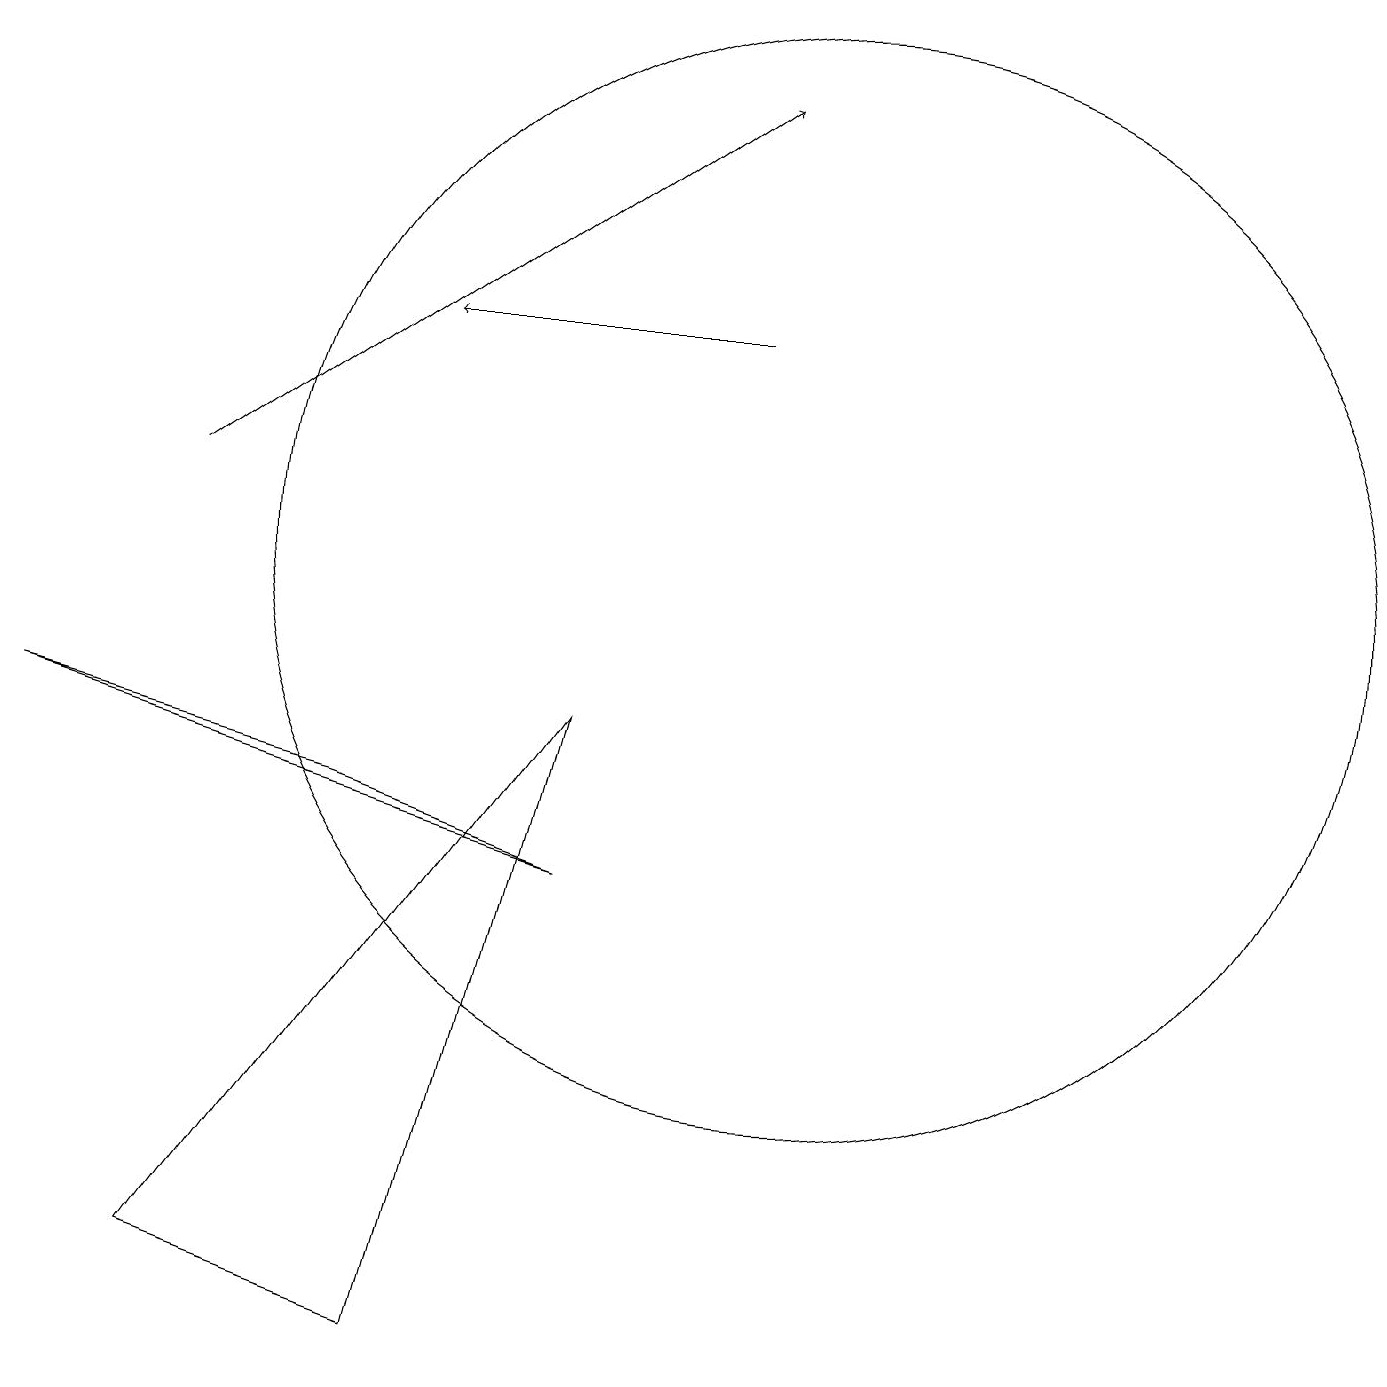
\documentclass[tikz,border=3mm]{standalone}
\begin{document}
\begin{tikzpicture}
\draw (7,8) -- (5,0) -- (2,1) -- cycle;
\draw (10,10) circle (7);
\draw[->] (9,13) -- (5,13);
\draw (4,7) -- (0,8) -- (7,6) -- cycle;
\draw[->] (2,11) -- (9,16);
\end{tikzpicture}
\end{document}